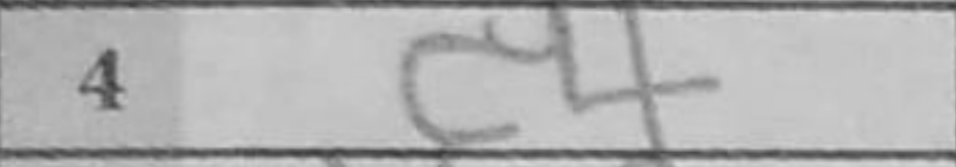
Transcription: c4